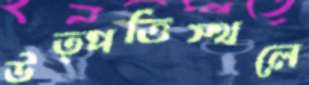
উত্পত্তিস্থলে